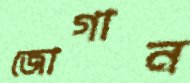
জোগান